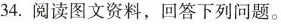
34.阅读图文资料，回答下列问题。